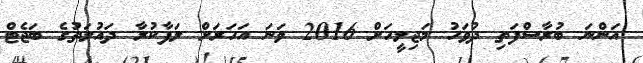
އަންނަ ބުރާސްފަތި ދުވަހު މަޖިލީހަށް 2016 ވަނަ އަހަރަށް ލަފާކުރާ ދައުލަތުގެ ބަޖެޓް